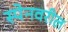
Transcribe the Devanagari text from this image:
स्पेनवरील